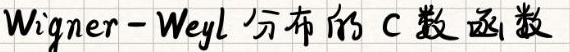
Wigner-Weyl 分布的 C 数函数